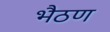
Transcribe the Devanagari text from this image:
भैठण